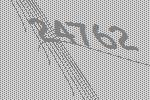
24762